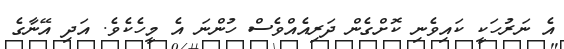
އެ ނަރުހަކީ ކައިވެނި ކޮށްގެން ދަރިއެއްވެސް ހުންނަ އެ މީހެކެވެ. އަދި އޭނާގެ